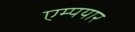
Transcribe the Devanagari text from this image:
एम्पयार